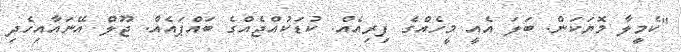
"ކެމީލާ މޮޔަކަން. ބަލަ އެއީ މީހެއްގެ ފިރިއެއް. ކުޑަކުއްޖެއްގެ ބައްޕައެއް. ޖޫލް އޭނައާއިހެދި